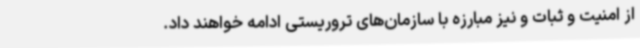
از امنیت و ثبات و نیز مبارزه با سازمان‌های تروریستی ادامه خواهند داد.